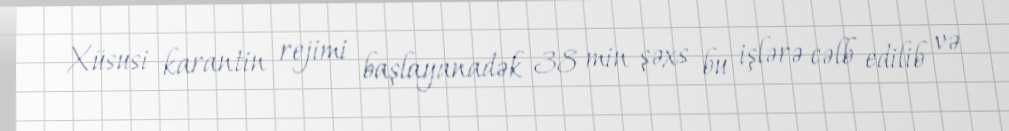
Xüsusi karantin rejimi başlayanadək 38 min şəxs bu işlərə cəlb edilib və